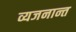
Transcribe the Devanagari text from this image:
व्यजनान्त